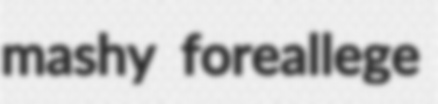
mashy foreallege